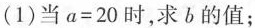
(1)当$$a=20$$时，求b的值；